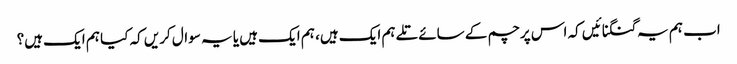
اب ہم یہ گنگنائیں کہ اس پرچم کے سائے تلے ہم ایک ہیں، ہم ایک ہیں یا یہ سوال کریں کہ کیا ہم ایک ہیں؟